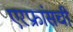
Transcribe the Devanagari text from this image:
एरफ्रांसची